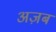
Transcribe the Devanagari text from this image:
अज़ब